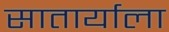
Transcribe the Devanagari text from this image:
सातार्याला